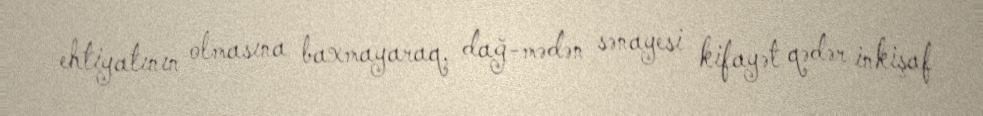
ehtiyatının olmasına baxmayaraq, dağ-mədən sənayesi kifayət qədər inkişaf